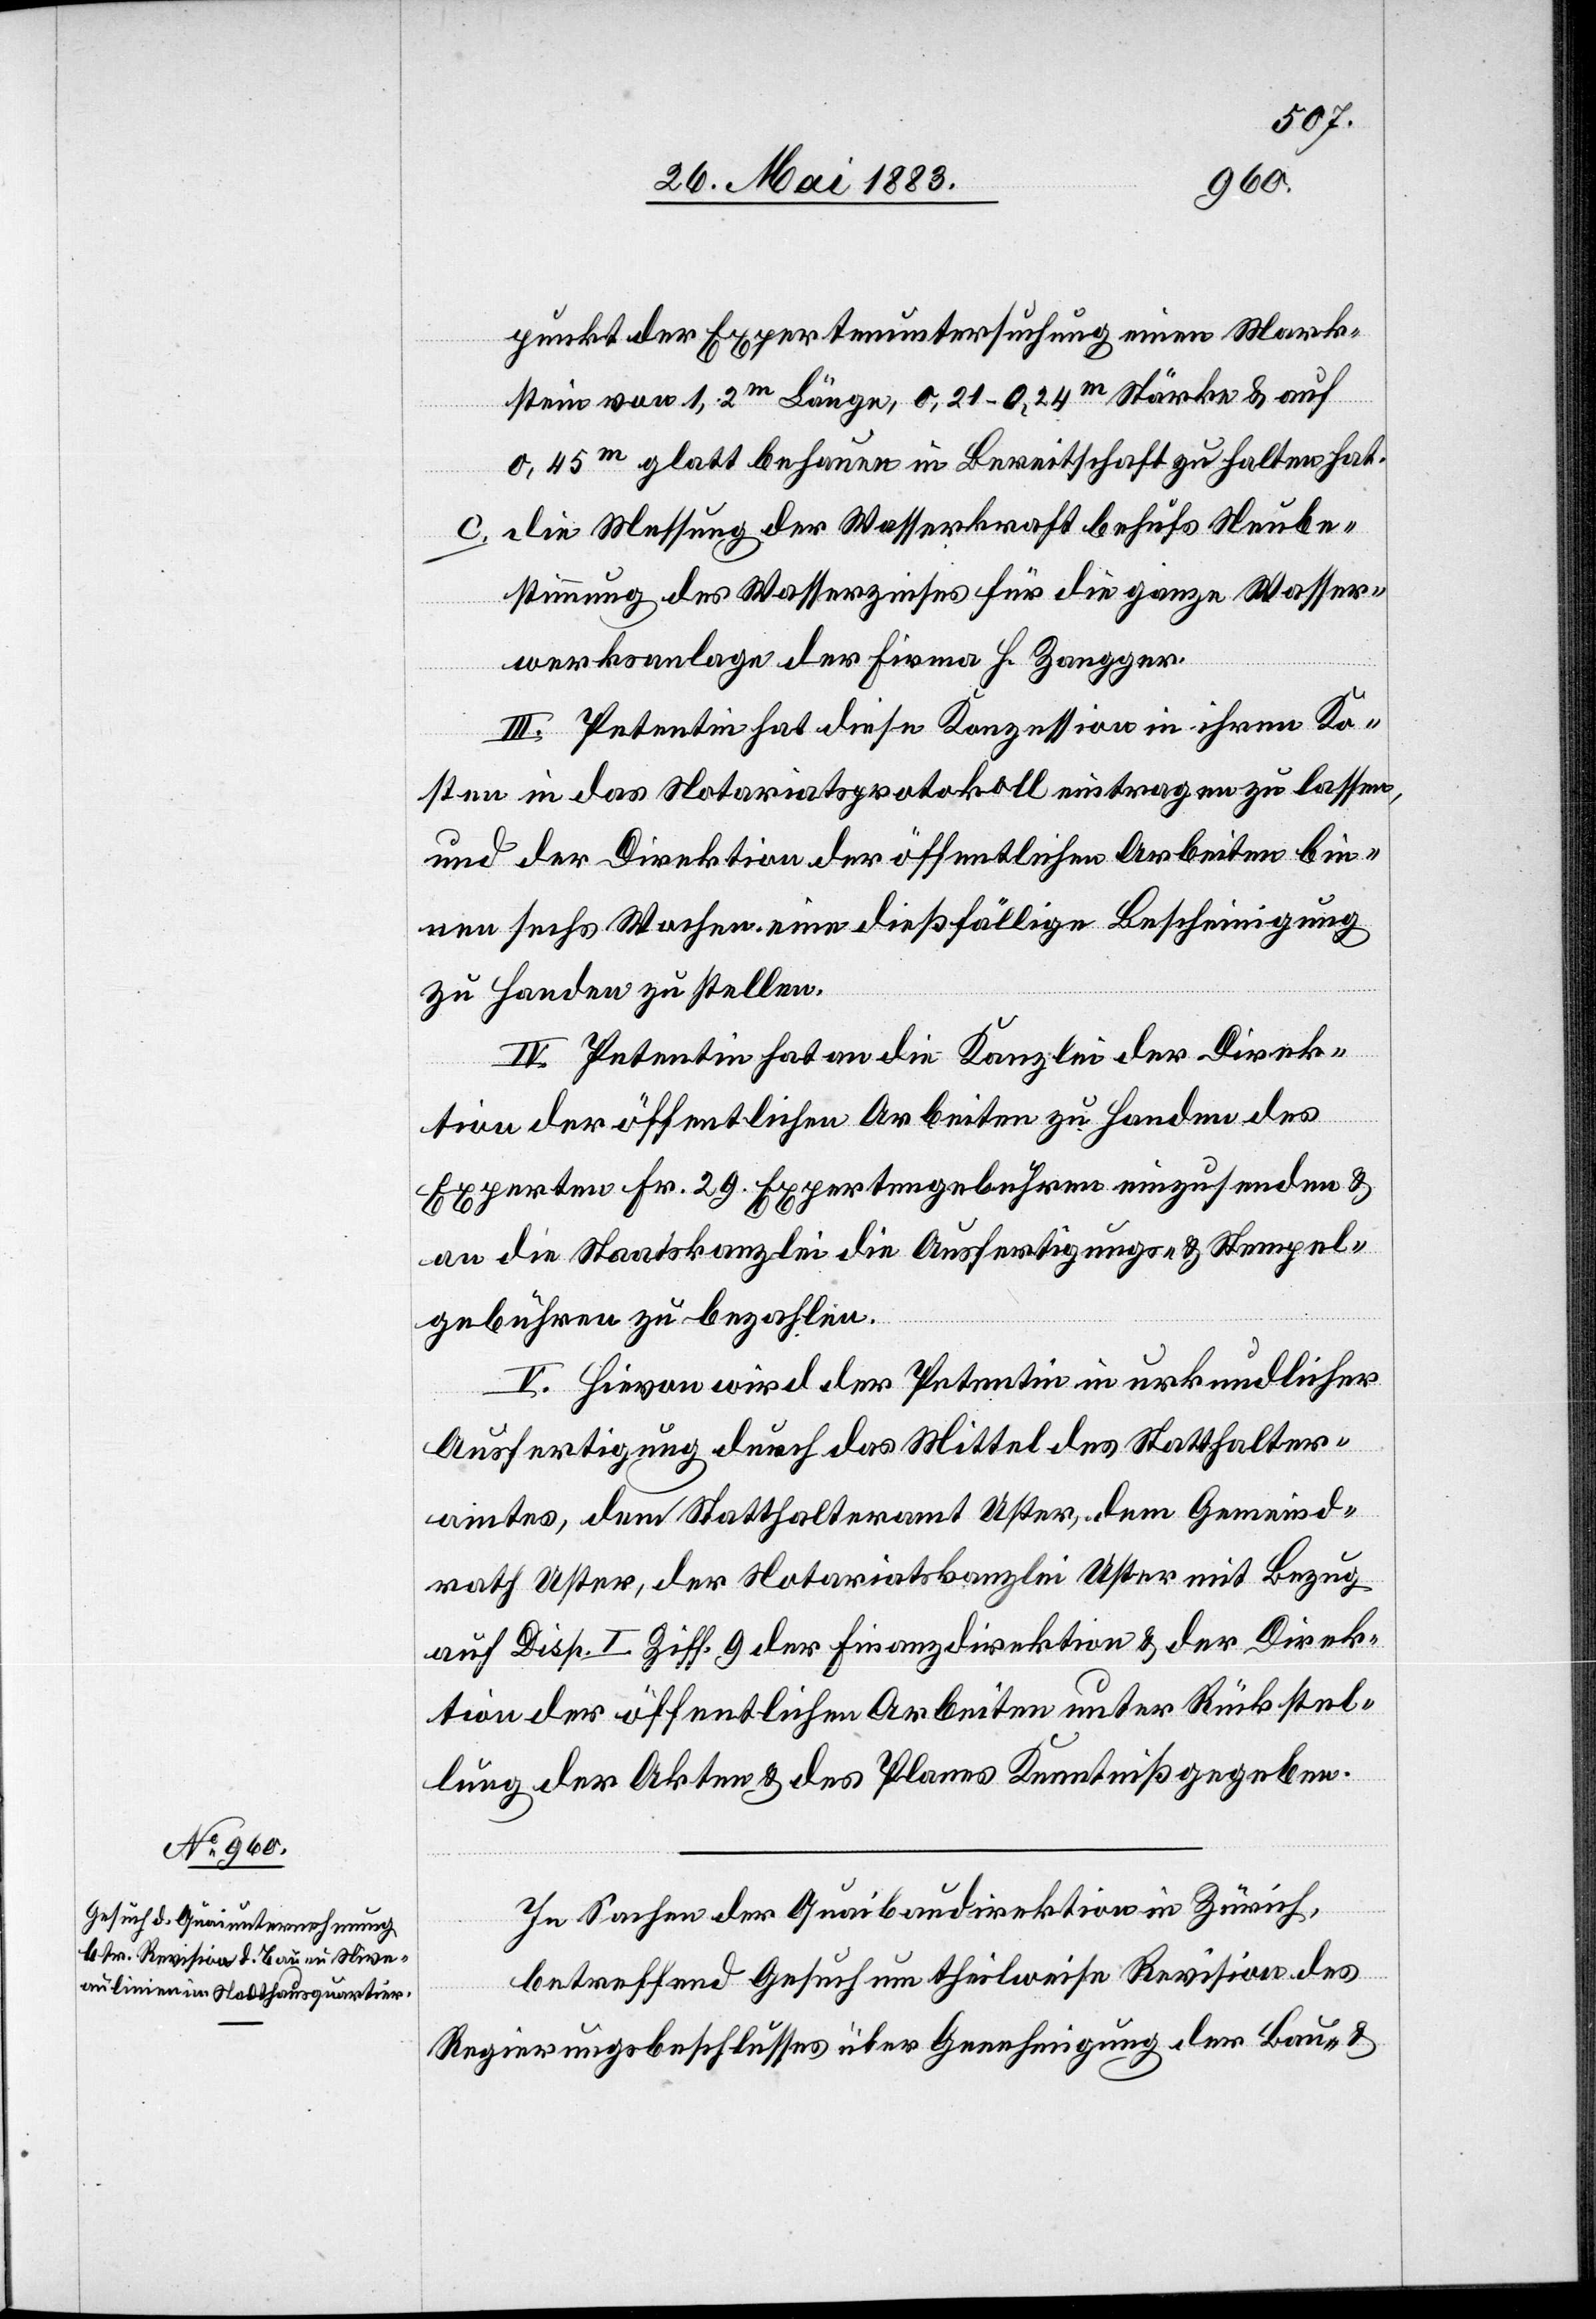
punkt der Expertenuntersuchung einen Mark¬
stein von 1,2m Länge, 0,21–0,24m Stärke & auf
0,45m glatt behauen in Bereitschaft zu halten hat.
c. Die Messung der Wasserkraft behufs Neube¬
stimmung des Wasserzinses für die ganze Wasser¬
werksanlage der Firma H. Zangger.
III. Petentin hat diese Konzession in ihren Ko¬
sten in das Notariatsprotokoll eintragen zu lassen
und der Direktion der öffentlichen Arbeiten bin¬
nen sechs Wochen eine dießfällige Bescheinigung
zu Handen zu stellen.
IV. Petentin hat an die Kanzlei der Direk¬
tion der öffentlichen Arbeiten zu Handen des
Experten Fr. 29. Expertengebühren einzusenden &
an die Staatskanzlei die Ausfertigungs- & Stempel¬
gebühren zu bezahlen.
V. Hievon wird der Petentin in urkundlicher
Ausfertigung durch das Mittel des Statthalter¬
amtes. dem Statthalteramt Uster, dem Gemeind¬
rath Uster, der Notariatskanzlei Uster mit Bezug
auf Disp. I Ziff. 9 der Finanzdirektion & der Direk¬
tion der öffentlichen Arbeiten unter Rückstel¬
lung der Akten & des Planes Kenntniß gegeben.
In Sachen der Quaibaudirektion in Zürich,
betreffend Gesuch um theilweise Revision des
Regierungsbeschlusses über Genehmigung der Bau- &